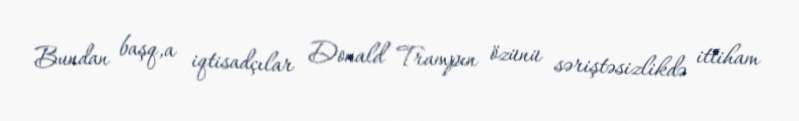
Bundan başq,a iqtisadçılar Donald Trampın özünü səriştəsizlikdə ittiham